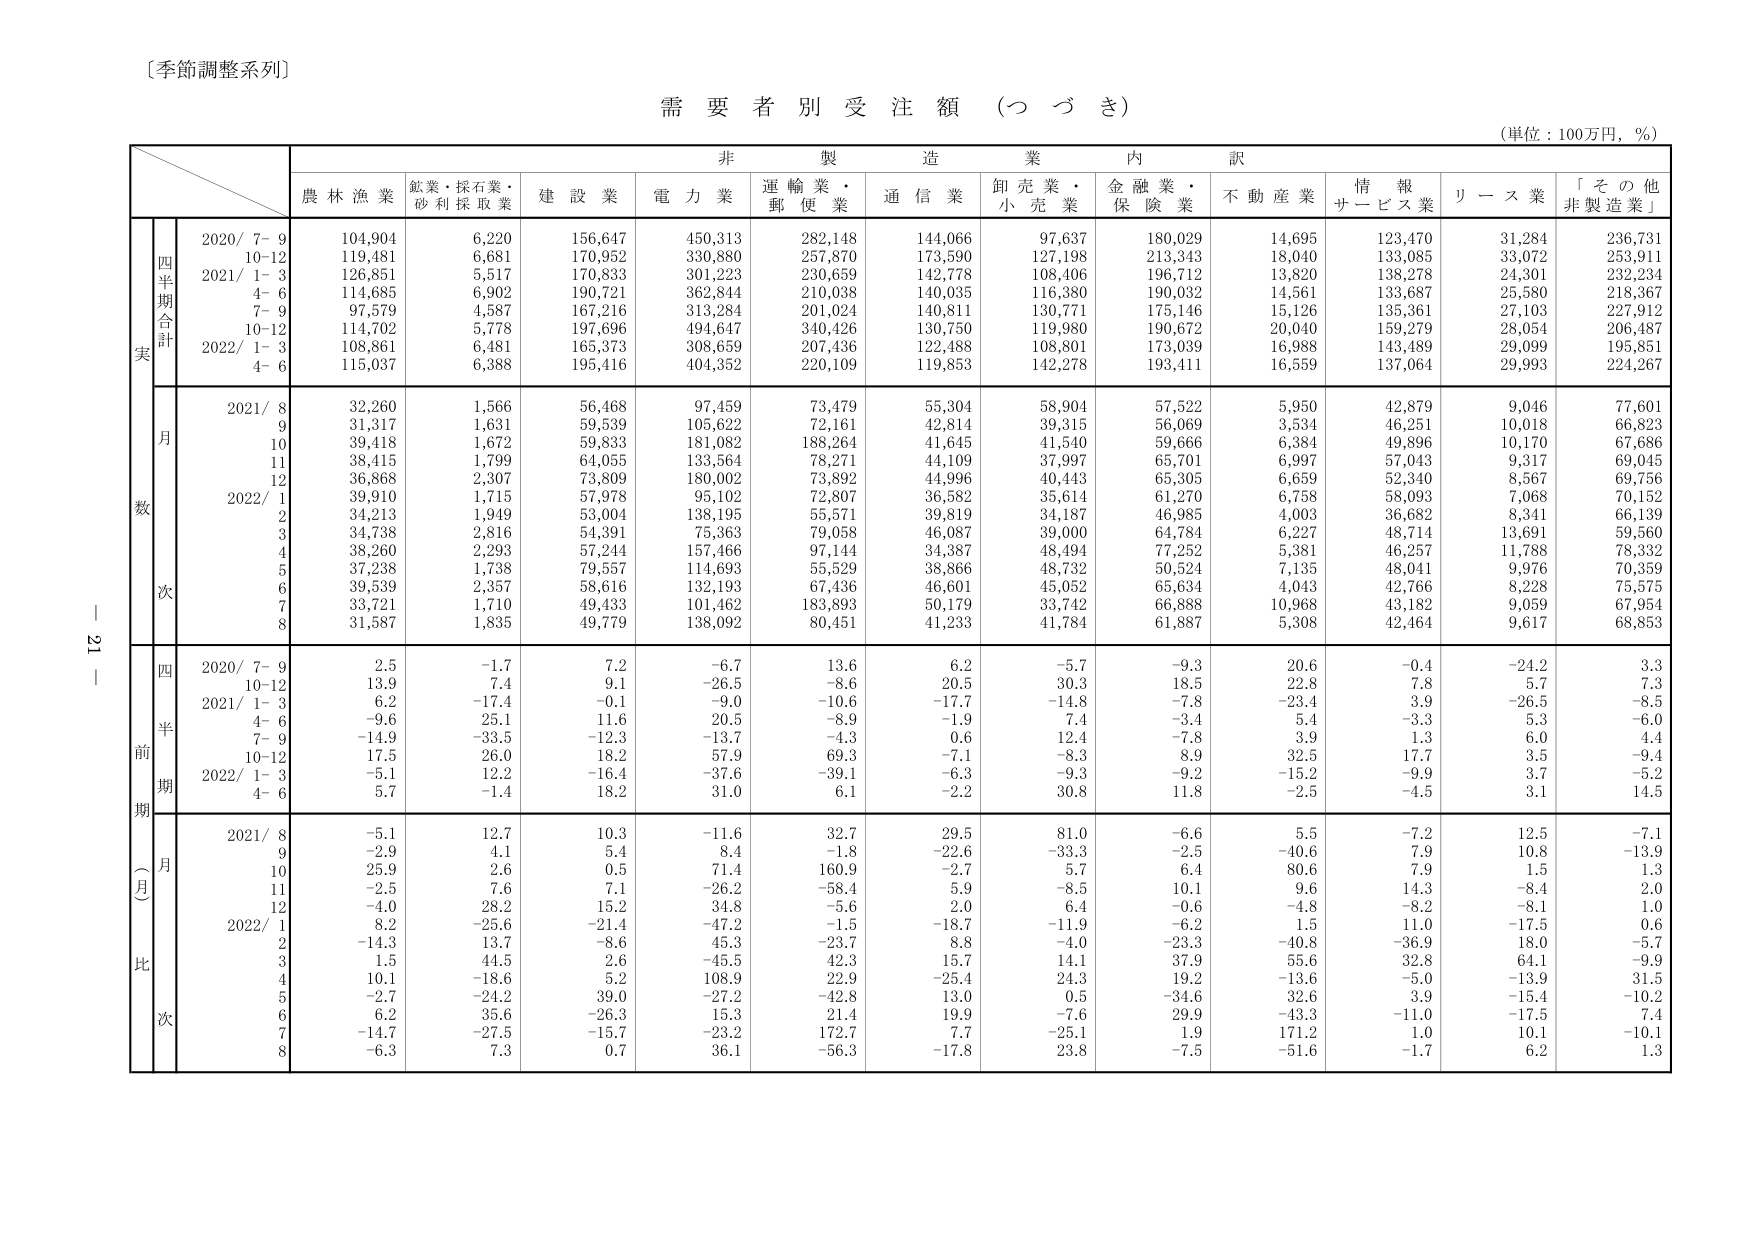
〔季節調整系列〕

需要者別受注額（つづき）

（単位：100万円，％）

非製造業内訳

農林漁業　鉱業・採石業・砂利採取業　建設業　電力業　運輸業・郵便業　通信業　卸売業・小売業　金融業・保険業　不動産業　情報サービス業　リース業　「その他非製造業」

四半期合計
実数
2020/ 7–9　104,904　6,220　156,647　450,313　282,148　144,066　97,637　180,029　14,695　123,470　31,284　236,731
　　　10–12　119,481　6,681　170,952　330,880　257,870　173,590　127,198　213,343　18,040　133,085　33,072　253,911
　　　2021/ 1–3　126,851　5,517　170,833　301,223　230,659　142,778　108,406　196,712　13,820　138,278　24,301　232,234
　　　　4–6　114,685　6,902　190,721　362,844　210,038　140,035　116,380　190,032　14,561　133,687　25,580　218,367
　　　　7–9　97,579　4,587　167,216　313,284　201,024　140,811　130,771　175,146　15,126　135,361　27,103　227,912
　　　10–12　114,702　5,778　197,696　494,647　340,426　130,750　119,980　190,672　20,040　159,279　28,054　206,487
　　　2022/ 1–3　108,861　6,481　165,373　308,659　207,436　122,488　108,801　173,039　16,988　143,489　29,099　195,851
　　　　4–6　115,037　6,388　195,416　404,352　220,109　119,853　142,278　193,411　16,559　137,064　29,993　224,267

月次数
2021/ 8　32,260　1,566　56,468　97,459　73,479　55,304　58,904　57,522　5,950　42,879　9,046　77,601
　　　9　31,317　1,631　59,539　105,622　72,161　42,814　39,315　56,069　3,534　46,251　10,018　66,823
　　　10　39,418　1,672　59,833　181,082　188,264　41,645　41,540　59,666　6,384　49,896　10,170　67,686
　　　11　38,415　1,799　64,055　133,564　78,271　44,109　37,997　65,701　6,997　57,043　9,317　69,045
　　　12　36,868　2,307　73,809　180,002　73,892　44,996　40,443　65,305　6,659　52,340　8,567　69,756
　　　2022/ 1　39,910　1,715　57,978　95,102　72,807　36,582　35,614　61,270　6,758　58,093　7,068　70,152
　　　　2　34,213　1,949　53,004　138,195　55,571　39,819　34,187　46,985　4,003　36,682　8,341　66,139
　　　　3　34,738　2,816　54,391　75,363　79,058　46,087　39,000　64,784　6,227　48,714　13,691　59,560
　　　　4　38,260　2,293　57,244　157,466　97,144　34,387　48,494　77,252　5,381　46,257　11,788　78,332
　　　　5　37,238　1,738　79,557　114,693　55,529　38,866　48,732　50,524　7,135　48,041　9,976　70,359
　　　　6　39,539　2,357　58,616　132,193　67,436　46,601　45,052　65,634　4,043　42,766　8,228　75,575
　　　　7　33,721　1,710　49,433　101,462　183,893　50,179　33,742　66,888　10,968　43,182　9,059　67,954
　　　　8　31,587　1,835　49,779　138,092　80,451　41,233　41,784　61,887　5,308　42,464　9,617　68,853

四半期前期（月）比
2020/ 7–9　2.5　–1.7　7.2　–6.7　13.6　6.2　–5.7　–9.3　20.6　–0.4　–24.2　3.3
　　　10–12　13.9　7.4　9.1　–26.5　–8.6　20.5　30.3　18.5　22.8　7.8　5.7　7.3
　　　2021/ 1–3　6.2　–17.4　–0.1　–9.0　–10.6　–17.7　–14.8　–7.8　–23.4　3.9　–26.5　–8.5
　　　　4–6　–9.6　25.1　11.6　20.5　–8.9　–1.9　7.4　–3.4　5.4　–3.3　5.3　–6.0
　　　　7–9　–14.9　–33.5　–12.3　–13.7　–4.3　0.6　12.4　–7.8　3.9　1.3　6.0　4.4
　　　10–12　17.5　26.0　18.2　57.9　69.3　–7.1　–8.3　8.9　32.5　17.7　3.5　–9.4
　　　2022/ 1–3　–5.1　12.2　–16.4　–37.6　–39.1　–6.3　–9.3　–9.2　–15.2　–9.9　3.7　–5.2
　　　　4–6　5.7　–1.4　18.2　31.0　6.1　–2.2　30.8　11.8　–2.5　–4.5　3.1　14.5

2021/ 8　–5.1　12.7　10.3　–11.6　32.7　29.5　81.0　–6.6　5.5　–7.2　12.5　–7.1
　　　9　–2.9　4.1　5.4　8.4　–1.8　–22.6　–33.3　–2.5　–40.6　7.9　10.8　–13.9
　　　10　25.9　2.6　0.5　71.4　160.9　–2.7　5.7　6.4　80.6　7.9　1.5　1.3
　　　11　–2.5　7.6　7.1　–26.2　–58.4　5.9　–8.5　10.1　9.6　14.3　–8.4　2.0
　　　12　–4.0　28.2　15.2　34.8　–5.6　2.0　6.4　–0.6　–4.8　–8.2　–8.1　1.0
　　　2022/ 1　8.2　–25.6　–21.4　–47.2　–1.5　–18.7　–11.9　–6.2　1.5　11.0　–17.5　0.6
　　　　2　–14.3　13.7　–8.6　45.3　–23.7　8.8　–4.0　–23.3　–40.8　–36.9　18.0　–5.7
　　　　3　1.5　44.5　2.6　–45.5　42.3　15.7　14.1　37.9　55.6　32.8　64.1　–9.9
　　　　4　10.1　–18.6　5.2　108.9　22.9　–25.4　24.3　19.2　–13.6　–5.0　–13.9　31.5
　　　　5　–2.7　–24.2　39.0　–27.2　–42.8　13.0　0.5　–34.6　32.6　3.9　–15.4　–10.2
　　　　6　6.2　35.6　–26.3　15.3　21.4　19.9　–7.6　29.9　–43.3　–11.0　–17.5　7.4
　　　　7　–14.7　–27.5　–15.7　–23.2　172.7　7.7　–25.1　1.9　171.2　1.0　10.1　–10.1
　　　　8　–6.3　7.3　0.7　36.1　–56.3　–17.8　23.8　–7.5　–51.6　–1.7　6.2　1.3

－21－